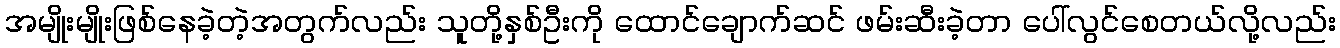
အမျိုးမျိုးဖြစ်နေခဲ့တဲ့အတွက်လည်း သူတို့နှစ်ဦးကို ထောင်ချောက်ဆင် ဖမ်းဆီးခဲ့တာ ပေါ်လွင်စေတယ်လို့လည်း